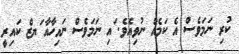
ކުރި ނަމަވެސް އެ ކަމެއް ނުވިއެވެ. ައި ނަމަވެސް ނައިހާއާ ަޔޒް ކައިރީ